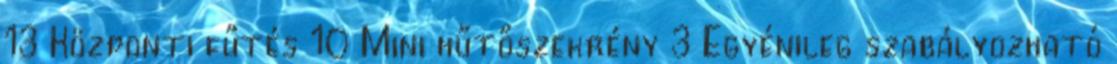
13 Központi fűtés 10 Mini hűtőszekrény 3 Egyénileg szabályozható